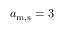
a _ { \mathrm { m , s } } = 3